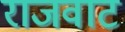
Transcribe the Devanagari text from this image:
राजवाट